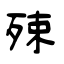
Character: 殐